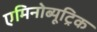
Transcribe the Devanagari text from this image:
एमिनोब्यूट्रिक